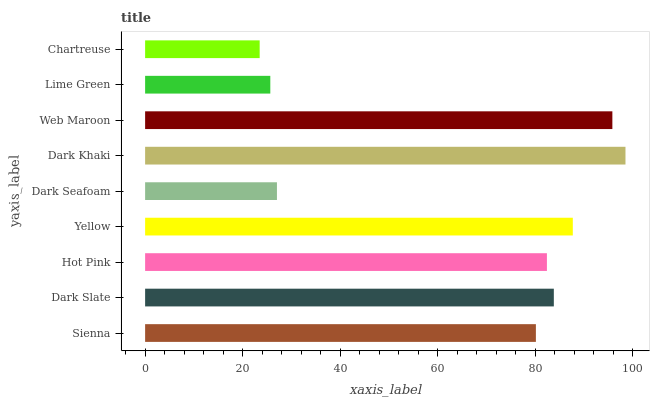
| yaxis_label | bars |
 | --- | --- |
 | Sienna | 80.2 |
 | Dark Slate | 83.8 |
 | Hot Pink | 82.4 |
 | Yellow | 87.7 |
 | Dark Seafoam | 27 |
 | Dark Khaki | 98.5 |
 | Web Maroon | 95.8 |
 | Lime Green | 25.7 |
 | Chartreuse | 23.5 |